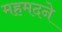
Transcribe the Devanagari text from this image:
महमदने